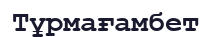
Тұрмағамбет